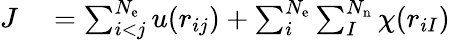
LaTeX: \begin{array}{rl}{J}&{{}=\sum_{i<j}^{N_{\mathrm{e}}}u(r_{ij})+\sum_{i}^{N_{\mathrm{e}}}\sum_{I}^{N_{\mathrm{n}}}\chi(r_{iI})}\end{array}